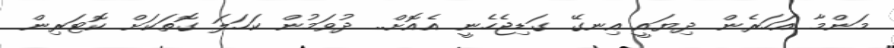
މަންމާ އަހަރެން ދިޔައީ އިނގޭ ގަޑިޖެހެނީ އެއޮށް.. ދުވަމުން ކަހަލަ ގޮތަކަށް ކޮޓަރިން